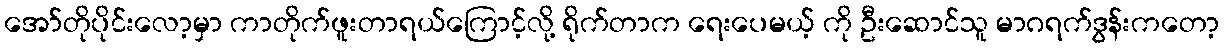
အော်တိုပိုင်းလော့မှာ ကာတိုက်ဖူးတာရယ်ကြောင့်လို့ ရိုက်တာက ရေးပေမယ့် ကို ဦးဆောင်သူ မာဂရက်ဒွန်းကတော့